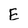
Character: E